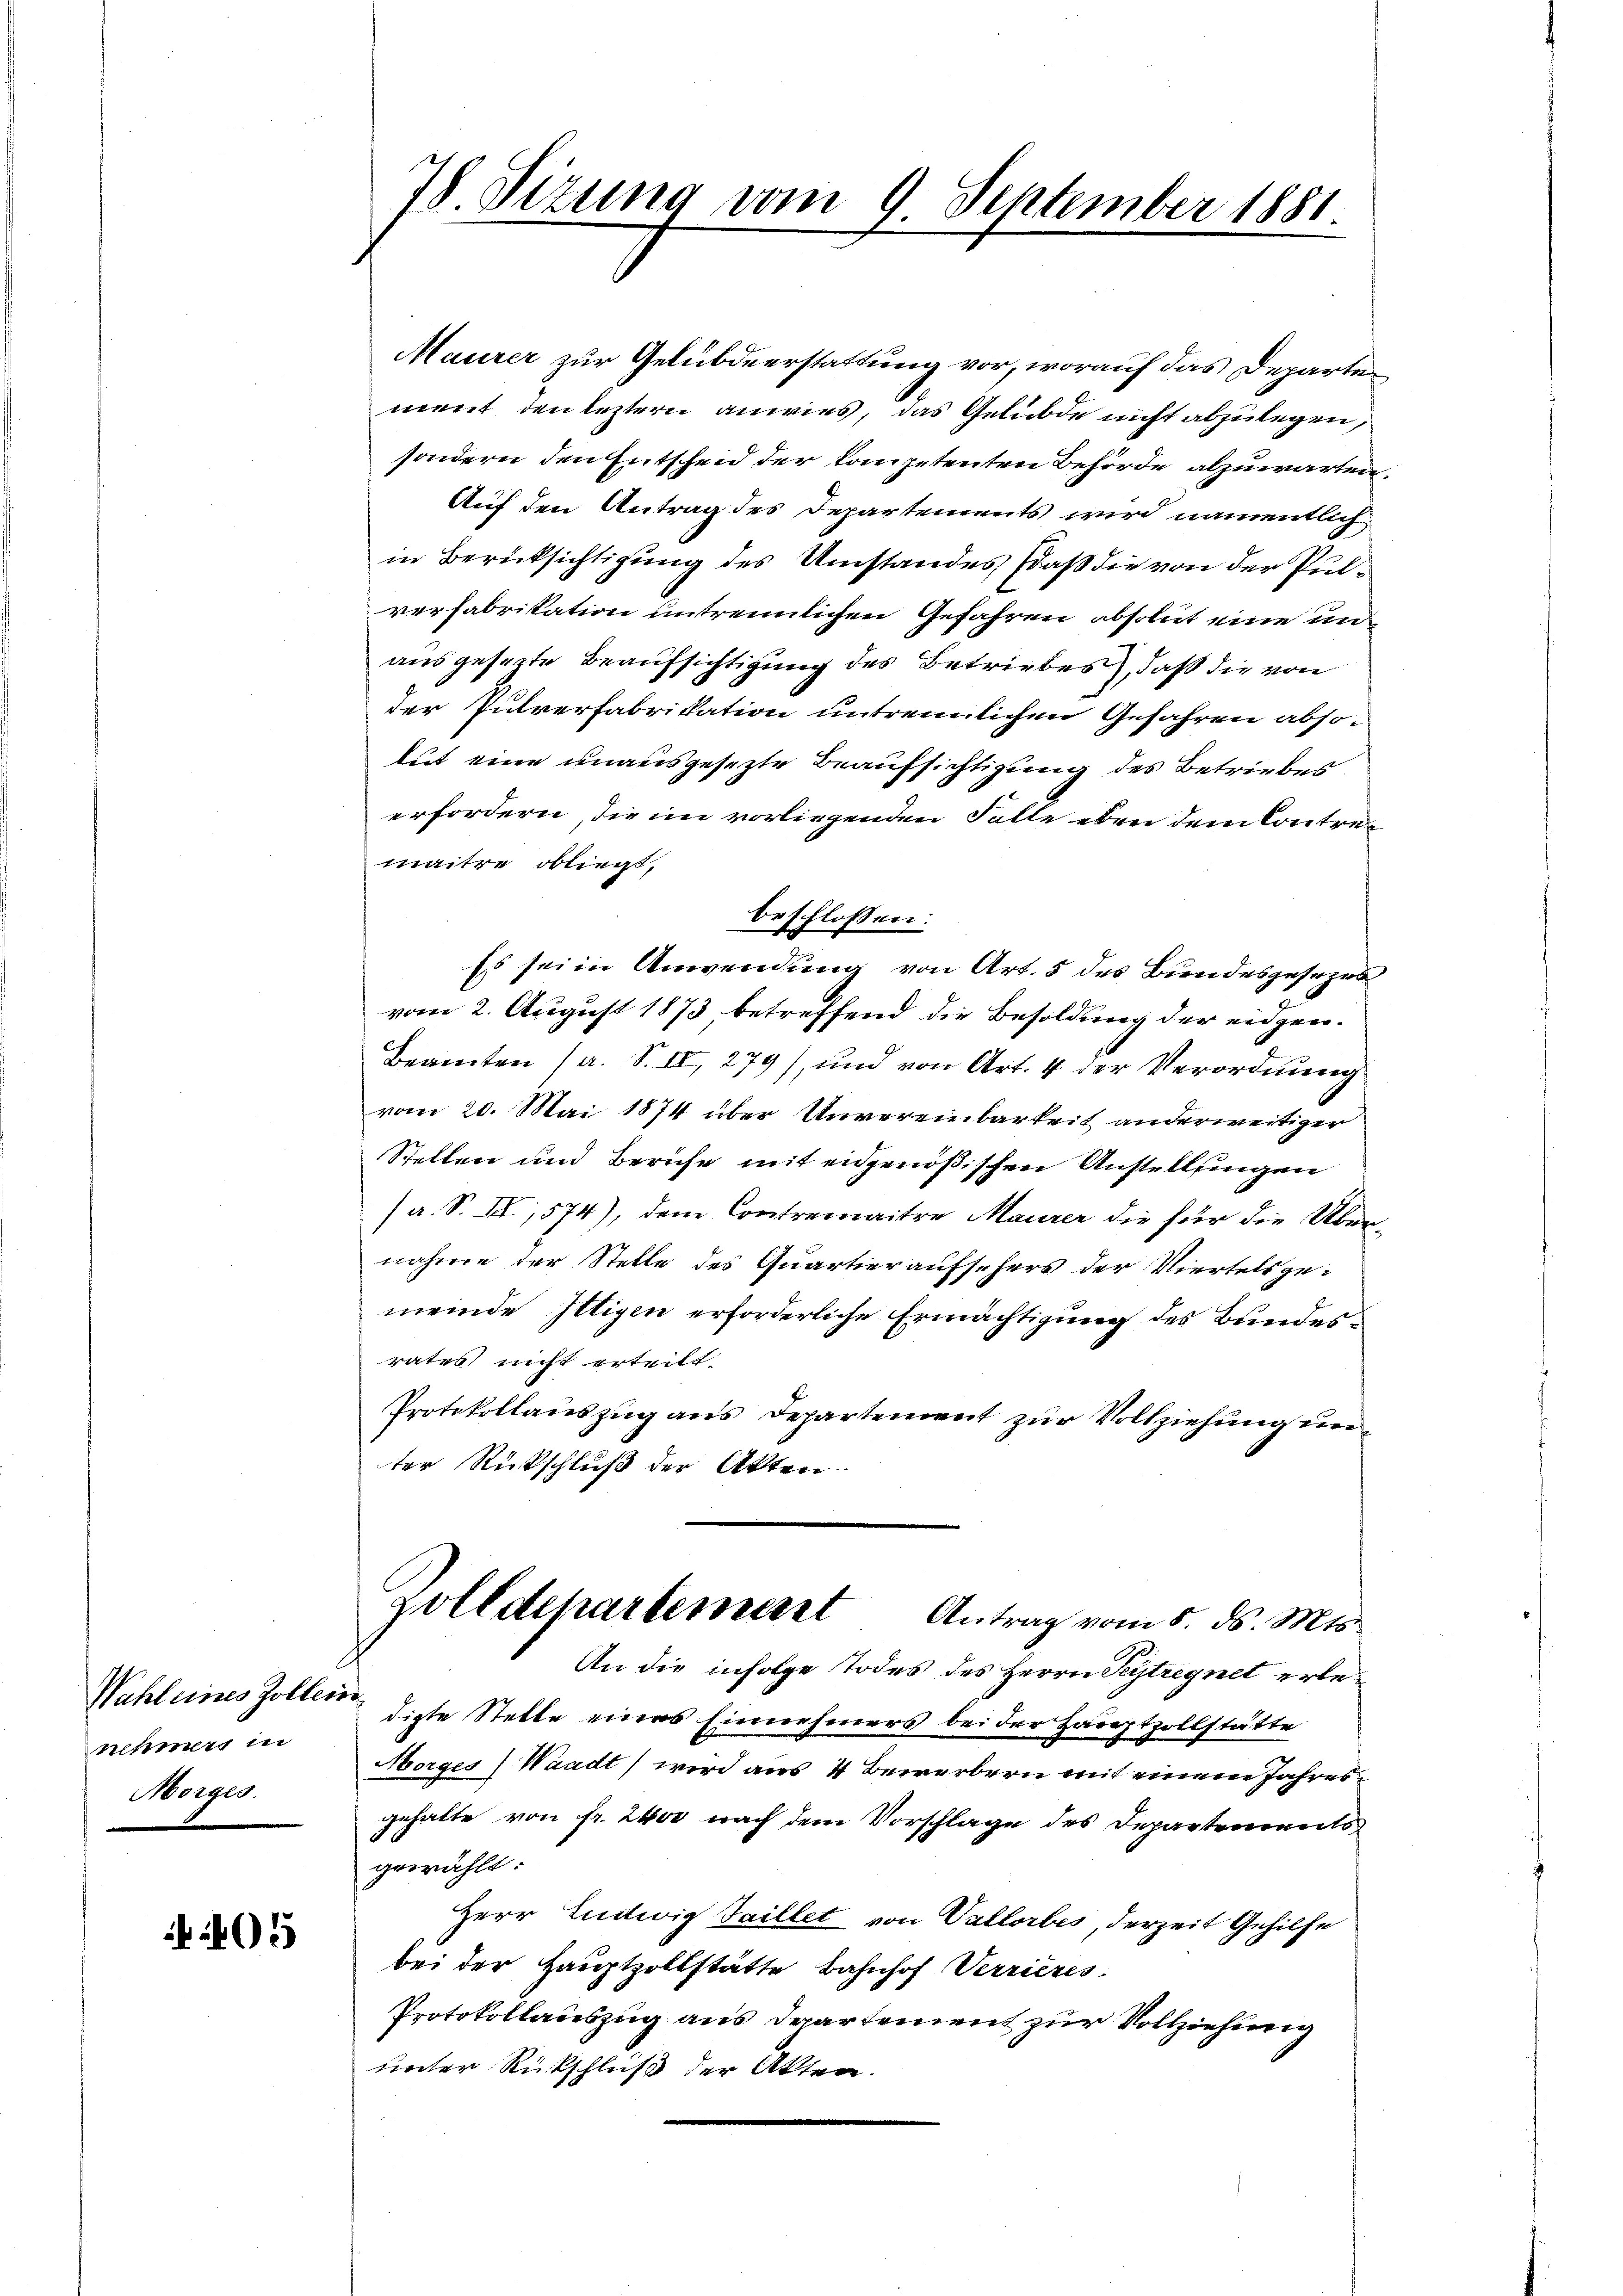
nehmers in
Morgen.

405

78. Sizung vom 9. September 1881.

Maurer zur Gelübdeerstattung vor, worauf das Departe
ment den leztern anwies, das Gelübde nicht abzulegen,
sondern den Entscheid der Competenten Behörde abzuwarten.
Auf den Antrag des Departements wird namentlich
in Berücksichtigung des Umstandes, daß die von der Pulverfabrikation untrennlichen Gefahren absolut eine unausgesezte Beaufsichtigung des Betriebes, daß die von
der Pulverfabrikation untrennlichen Gefahren absolut eine unausgesezte Beaufsichtigung des Betriebes
erfordern, die im vorliegenden Falle eben dem Contremaitre obliegt,
beschlossen:
Es seine Anwendung von Art. 5 des Bundesgesezes
vom 2. August 1873 betreffend die Besoldung der eidgen.
Beamten (a. S. II, 279), und von Art. 4 der Verordnung
vom 20. Mai 1874 über Unvereinbarkeit anderweitiger
Stellen und Beruhe mit eigenößischen Anstellungen
(a. S. II, 574), dem Contremaitre Maurer die für die Übernahme der Stelle des Quartieraufsehers der Viertels gemeinde Iltigen erforderliche Ermächtigung des Bundesrates nicht erteilt.
Protokollauszug aus Departement zur Vollziehung unter Rückschluß der Akten.
zolldepartement Antrag vom 5. ds. Mts.
An die infolge Todes des Herrn Teytregnet erbe¬
Wahl eines Zollen diese Stelle eines Einnehmers bei der Hauptzollstätte
Morges (Waadt) wird aus 4 Bewerbern mit einem Jahresgehalte von fr. 2400 nach dem Vorschlage des Departements
gewählt:
Herr Ludwig Saillet von Vallorbes, derzeit Gehilfe
bei der Hauptzollstätte Bahnhof Verrieres
Protokollauszug aus Daartement zur Vollziehung
unter Rückschluß der Akten.